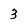
Character: 3